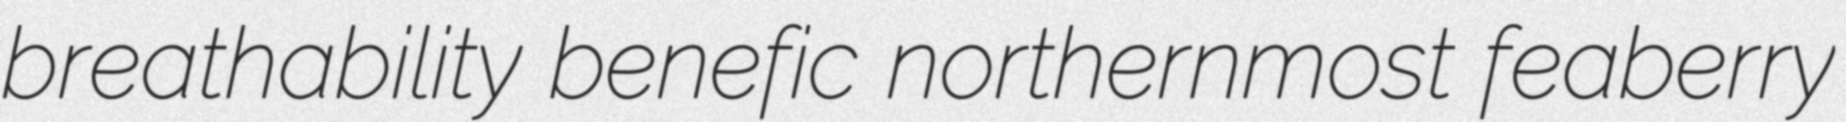
breathability benefic northernmost feaberry